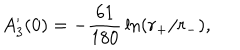
A _ { 3 } ^ { \prime } ( 0 ) = - { \frac { 6 1 } { 1 8 0 } } \ln ( r _ { + } / r _ { - } ) ,